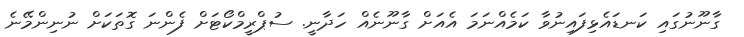
ގާނޫނުގައި ކަނޑައެޅިފައިނުވާ ކަމެއްނަމަ އެއަށް ގާނޫނެއް ހަދާނީ. ސުޕްރީމްކޯޓަށް ފެންނަ ގޮތަކަށް ނުނިންމޭނެ